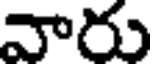
వారు